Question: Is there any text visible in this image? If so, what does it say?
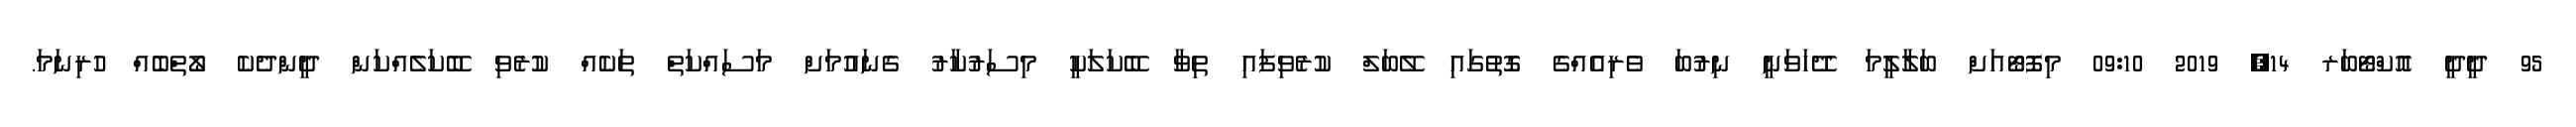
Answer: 95 ދީދީ އޮކްޓޯބަރ 14, 2019 09:10 މިފޮޓޯއަށް ބަލާލީމަ ދޭހަވަނީ ނިރުބަ ވެރިއެއްގެ ގޮތުގައި ލޭބަލް ކުރެވިފައި ތިވާ ބޭކަލަކީ މިސަރުކާރު ގެނައުމަށް މަސައްކަތް ތަކެއް ކުރެވި ބޭކަލެއްކަން ދީންދެކެ ލޯތްބެއް ހުރިނަމަ.